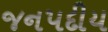
જનપદીય